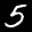
Digit: 5